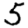
Digit: 5